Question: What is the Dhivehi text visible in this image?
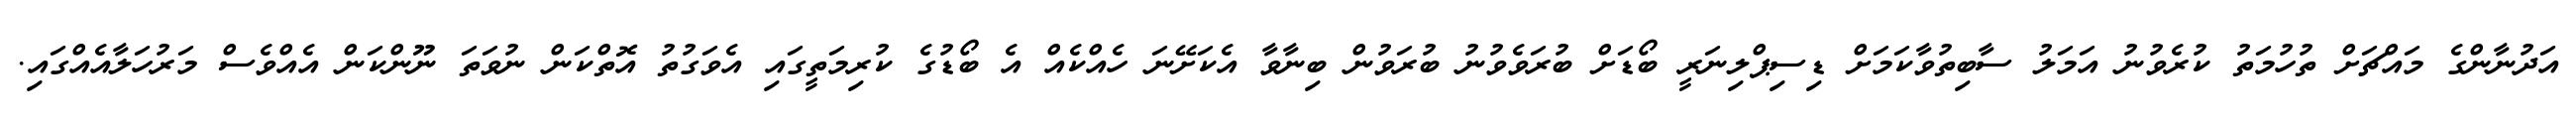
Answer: އަދުނާންގެ މައްޗަށް ތުހުމަތު ކުރެވުނު އަމަލު ސާބިތުވާކަމަށް ޑިސިޕްލިނަރީ ބޯޑަށް ބުރަވެވުނު ބުރަވުން ބިނާވާ އެކަށޭނަ ހެއްކެއް އެ ބޯޑުގެ ކުރިމަތީގައި އެވަގުތު އޮތްކަން ނުވަތަ ނޫންކަން އެއްވެސް މަރުހަލާއެއްގައި.